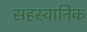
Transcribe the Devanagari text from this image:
सहस्वानिक